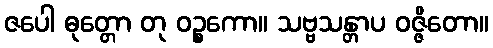
ဇပေါ ဓုတ္တော တု ဝဉ္စကော။ သဗ္ဗသန္တာပ ဝဇ္ဇိတော။